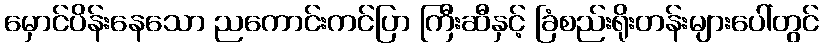
မှောင်ပိန်းနေသော ညကောင်းကင်ပြာ ကြီးဆီနှင့် ခြံစည်းရိုးတန်းများပေါ်တွင်